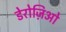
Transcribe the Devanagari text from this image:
डेरोज़िओ